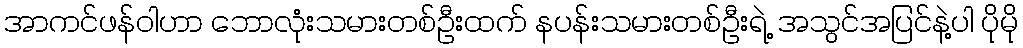
အာကင်ဖန်ဝါဟာ ဘောလုံးသမားတစ်ဦးထက် နပန်းသမားတစ်ဦးရဲ့ အသွင်အပြင်နဲ့ပါ ပိုမို